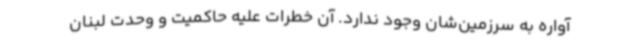
آواره به سرزمین‌شان وجود ندارد. آن خطرات علیه حاکمیت و وحدت لبنان